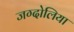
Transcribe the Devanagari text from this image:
जग्दोलिया